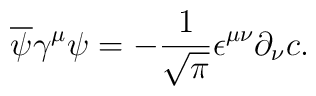
\overline{\psi }\gamma ^{\mu }\psi =-\frac{1}{\sqrt{\pi }}\epsilon ^{\mu \nu}\partial _{\nu }c.